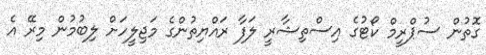
ގޮތުން ސުޕްރީމް ކޯޓުގެ އިސްތިޝާރީ ލަފާ ރައްޔިތުންގެ މަޖިލީހަށް ލިބުމުން މިރޭ އެ